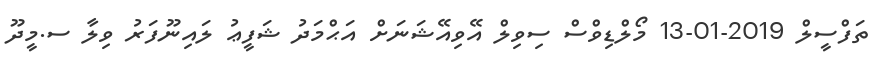
ތަފްސީލް 2019-01-13 މޯލްޑިވްސް ސިވިލް އޭވިއޭޝަނަށް އަޙްމަދު ޝަފީޢު ލައިނޫފަރު ވިލާ ސ.މީދޫ